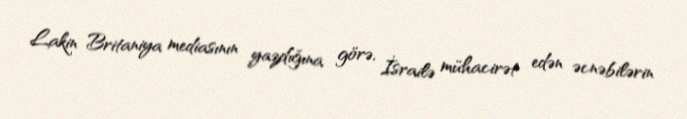
Lakin Britaniya mediasının yazdığına görə, İsrailə mühacirət edən əcnəbilərin